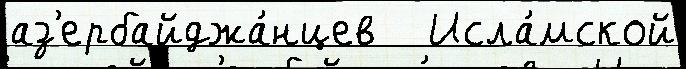
аз'ербайджа́нцев   Исла́мской